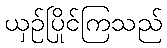
ယှဉ်ပြိုင်ကြသည်